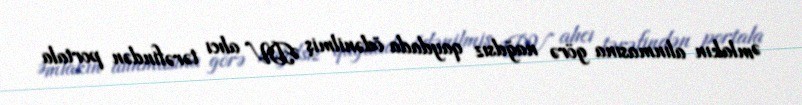
Əmlakın alınmasına görə nağdsız qaydada ödənilmiş ƏDV alıcı tərəfindən portala